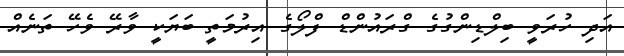
އަދި ހުރަވީ ބިލްޑިންގުގެ ގްރައުންޑް ފްލޯގެ އިރުމަތީ ބަޔަކީ ވާރޭ ވެހޭ ތަނެއް